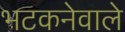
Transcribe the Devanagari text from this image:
भटकनेवाले